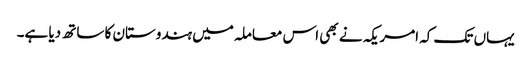
یہاں تک کہ امریکہ نے بھی اس معاملہ میں ہندوستان کا ساتھ دیا ہے۔